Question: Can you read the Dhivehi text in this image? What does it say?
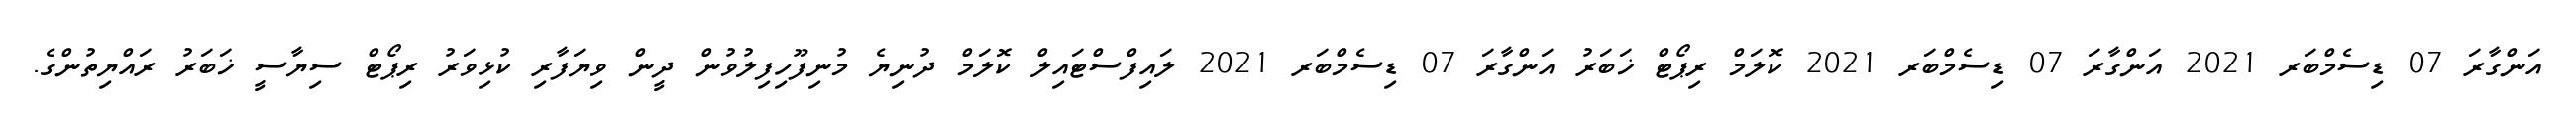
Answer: އަންގާރަ 07 ޑިސެމްބަރ 2021 އަންގާރަ 07 ޑިސެމްބަރ 2021 ކޮލަމް ރިޕޯޓް ޚަބަރު އަންގާރަ 07 ޑިސެމްބަރ 2021 ލައިފްސްޓައިލް ކޮލަމް ދުނިޔެ މުނިފޫހިފިލުވުން ދީން ވިޔަފާރި ކުޅިވަރު ރިޕޯޓް ސިޔާސީ ޚަބަރު ރައްޔިތުންގެ.